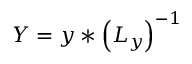
Y = y * \left( L _ { y } \right) ^ { - 1 }